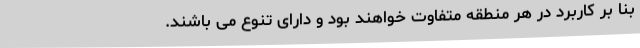
بنا بر کاربرد در هر منطقه متفاوت خواهند بود و دارای تنوع می باشند.